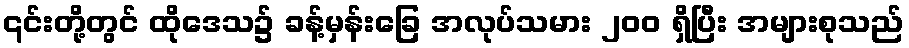
၎င်းတို့တွင် ထိုဒေသ၌ ခန့်မှန်းခြေ အလုပ်သမား ၂၀၀ ရှိပြီး အများစုသည်